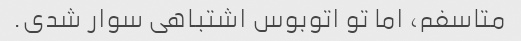
متاسفم، اما تو اتوبوس اشتباهی سوار شدی.